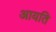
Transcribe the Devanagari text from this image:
आयति